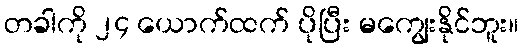
တခါကို ၂၄ ယောက်ထက် ပိုပြီး မကျွေးနိုင်ဘူး။